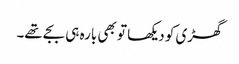
گھڑی کو دیکھا تو بھی بارہ ہی بجے تھے۔